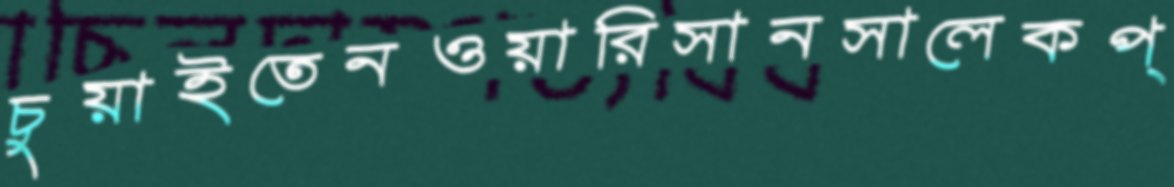
চুয়াইতেনওয়ারিসানসালেকপ্